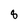
Character: 8